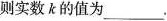
则实数k的值为___。